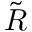
\tilde { R }